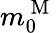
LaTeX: {m}_{0}^{\mathrm{~M~}}